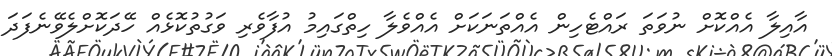
އާއިލާ އެއްކޮށް ނުވަތަ ރައްޓެހިން އެއްތަނަކަށް އެއްވެލާ ހިތްގައިމު އުފާވެރި ވަގުތުކޮޅެއް ހޭދަކޮށްލެވޭނެފަދަ